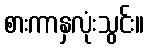
စားကာနှလုံးသွင်း။